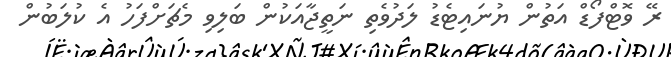
ރޭ ވޮޓްފޯޑް އަތުން ޔުނައިޓެޑު ލަދުވެތި ނަތީޖާއަކުން ބަލިވި މެޗަށްފަހު އެ ކުލަބުން